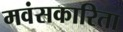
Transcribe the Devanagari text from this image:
मवंसकारिता